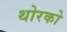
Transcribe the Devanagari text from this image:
थोरको